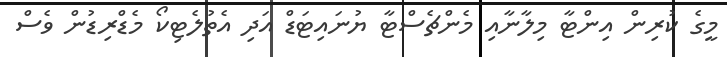
މީގެ ކުރިން އިންޓާ މިލާނާއި މެންޗެސްޓާ ޔުނައިޓަޑް އަދި އެތުލެޓިކޯ މެޑްރިޑުން ވެސް